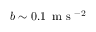
b \sim 0 . 1 \, \mathrm { ~ m ~ s ~ } ^ { - 2 }